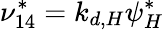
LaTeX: \nu_{14}^{*}=k_{d,H}\psi_{H}^{*}